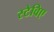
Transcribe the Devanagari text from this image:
स्टेविए